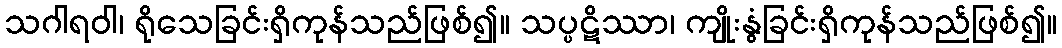
သဂါရဝါ၊ ရိုသေခြင်းရှိကုန်သည်ဖြစ်၍။ သပ္ပဋိဿာ၊ ကျိုးနွံခြင်းရှိကုန်သည်ဖြစ်၍။